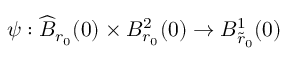
{ \psi } : \widehat { B } _ { r _ { 0 } } ( 0 ) \times B _ { r _ { 0 } } ^ { 2 } ( 0 ) \to B _ { \tilde { r } _ { 0 } } ^ { 1 } ( 0 )